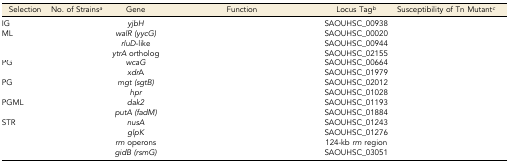
<table><thead><tr><td><b>Selection</b></td><td><b>No. of Strains<i><sup>a</sup></i></b></td><td><b>Gene</b></td><td><b>Function</b></td><td><b>Locus Tag<i><sup>b</sup></i></b></td><td><b>Susceptibility of Tn Mutant<i><sup>c</sup></i></b></td></tr></thead><tbody><tr><td>IG</td><td>[EMPTY_CELL]</td><td><i>yjbH</i></td><td>[EMPTY_CELL]</td><td>SAOUHSC_00938</td><td>[EMPTY_CELL]</td></tr><tr><td>ML</td><td>[EMPTY_CELL]</td><td><i>walR (yycG)</i></td><td>[EMPTY_CELL]</td><td>SAOUHSC_00020</td><td>[EMPTY_CELL]</td></tr><tr><td>[EMPTY_CELL]</td><td>[EMPTY_CELL]</td><td><i>rluD</i>-like</td><td>[EMPTY_CELL]</td><td>SAOUHSC_00944</td><td>[EMPTY_CELL]</td></tr><tr><td>[EMPTY_CELL]</td><td>[EMPTY_CELL]</td><td><i>ytrA</i> ortholog</td><td>[EMPTY_CELL]</td><td>SAOUHSC_02155</td><td>[EMPTY_CELL]</td></tr><tr><td>PG</td><td>[EMPTY_CELL]</td><td><i>wcaG</i></td><td>[EMPTY_CELL]</td><td>SAOUHSC_00664</td><td>[EMPTY_CELL]</td></tr><tr><td>[EMPTY_CELL]</td><td>[EMPTY_CELL]</td><td><i>xdr</i>A</td><td>[EMPTY_CELL]</td><td>SAOUHSC_01979</td><td>[EMPTY_CELL]</td></tr><tr><td>PG</td><td>[EMPTY_CELL]</td><td><i>mgt (sgtB)</i></td><td>[EMPTY_CELL]</td><td>SAOUHSC_02012</td><td>[EMPTY_CELL]</td></tr><tr><td>[EMPTY_CELL]</td><td>[EMPTY_CELL]</td><td><i>hpr</i></td><td>[EMPTY_CELL]</td><td>SAOUHSC_01028</td><td>[EMPTY_CELL]</td></tr><tr><td>PGML</td><td>[EMPTY_CELL]</td><td><i>dak2</i></td><td>[EMPTY_CELL]</td><td>SAOUHSC_01193</td><td>[EMPTY_CELL]</td></tr><tr><td>[EMPTY_CELL]</td><td>[EMPTY_CELL]</td><td><i>putA (fadM)</i></td><td>[EMPTY_CELL]</td><td>SAOUHSC_01884</td><td>[EMPTY_CELL]</td></tr><tr><td>STR</td><td>[EMPTY_CELL]</td><td><i>nusA</i></td><td>[EMPTY_CELL]</td><td>SAOUHSC_01243</td><td>[EMPTY_CELL]</td></tr><tr><td>[EMPTY_CELL]</td><td>[EMPTY_CELL]</td><td><i>glpK</i></td><td>[EMPTY_CELL]</td><td>SAOUHSC_01276</td><td>[EMPTY_CELL]</td></tr><tr><td>[EMPTY_CELL]</td><td>[EMPTY_CELL]</td><td><i>rrn</i> operons</td><td>[EMPTY_CELL]</td><td>124-kb <i>rrn</i> region</td><td>[EMPTY_CELL]</td></tr><tr><td>[EMPTY_CELL]</td><td>[EMPTY_CELL]</td><td><i>gidB (rsmG)</i></td><td>[EMPTY_CELL]</td><td>SAOUHSC_03051</td><td>[EMPTY_CELL]</td></tr></tbody></table>